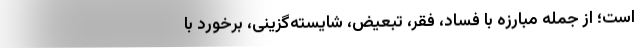
است؛ از جمله مبارزه با فساد، فقر، تبعیض، شایسته‌گزینی، برخورد با